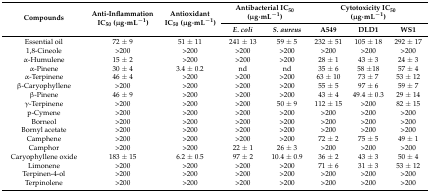
<table><thead><tr><td rowspan="2"><b>Compounds</b></td><td rowspan="2"><b>Anti-Inflammation IC<sub>50</sub> (μg·mL<sup>−1</sup>)</b></td><td rowspan="2"><b>Antioxidant IC<sub>50</sub> (μg·mL<sup>−1</sup>)</b></td><td colspan="2"><b>Antibacterial IC<sub>50</sub> (μg·mL<sup>−1</sup>)</b></td><td colspan="3"><b>Cytotoxicity IC<sub>50</sub> (μg·mL<sup>−1</sup>)</b></td></tr><tr><td><b><i>E. coli</i></b></td><td><b><i>S. aureus</i></b></td><td><b>A549</b></td><td><b>DLD1</b></td><td><b>WS1</b></td></tr></thead><tbody><tr><td>Essential oil</td><td>72 ± 9</td><td>51 ± 11</td><td>241 ± 13</td><td>59 ± 5</td><td>232 ± 51</td><td>105 ± 18</td><td>292 ± 17</td></tr><tr><td>1,8-Cineole</td><td>&gt;200</td><td>&gt;200</td><td>&gt;200</td><td>&gt;200</td><td>&gt;200</td><td>&gt;200</td><td>&gt;200</td></tr><tr><td>α-Humulene</td><td>15 ± 2</td><td>&gt;200</td><td>&gt;200</td><td>&gt;200</td><td>28 ± 1</td><td>43 ± 3</td><td>24 ± 3</td></tr><tr><td>α-Pinene</td><td>30 ± 4</td><td>3.4 ± 0.2</td><td>nd</td><td>nd</td><td>35 ± 6</td><td>58 ±18</td><td>57 ± 4</td></tr><tr><td>α-Terpinene</td><td>46 ± 4</td><td>&gt;200</td><td>&gt;200</td><td>&gt;200</td><td>63 ± 10</td><td>73 ± 7</td><td>53 ± 12</td></tr><tr><td>β-Caryophyllene</td><td>&gt;200</td><td>&gt;200</td><td>&gt;200</td><td>&gt;200</td><td>55 ± 5</td><td>97 ± 6</td><td>59 ± 7</td></tr><tr><td>β-Pinene</td><td>46 ± 9</td><td>&gt;200</td><td>&gt;200</td><td>&gt;200</td><td>43 ± 4</td><td>49.4 ± 0.3</td><td>29 ± 14</td></tr><tr><td>γ-Terpinene</td><td>&gt;200</td><td>&gt;200</td><td>&gt;200</td><td>50 ± 9</td><td>112 ± 15</td><td>&gt;200</td><td>82 ± 15</td></tr><tr><td>p-Cymene</td><td>&gt;200</td><td>&gt;200</td><td>&gt;200</td><td>&gt;200</td><td>&gt;200</td><td>&gt;200</td><td>&gt;200</td></tr><tr><td>Borneol</td><td>&gt;200</td><td>&gt;200</td><td>&gt;200</td><td>&gt;200</td><td>&gt;200</td><td>&gt;200</td><td>&gt;200</td></tr><tr><td>Bornyl acetate</td><td>&gt;200</td><td>&gt;200</td><td>&gt;200</td><td>&gt;200</td><td>&gt;200</td><td>&gt;200</td><td>&gt;200</td></tr><tr><td>Camphene</td><td>&gt;200</td><td>&gt;200</td><td>&gt;200</td><td>&gt;200</td><td>72 ± 2</td><td>75 ± 5</td><td>49 ± 1</td></tr><tr><td>Camphor</td><td>&gt;200</td><td>&gt;200</td><td>22 ± 1</td><td>26 ± 3</td><td>&gt;200</td><td>&gt;200</td><td>&gt;200</td></tr><tr><td>Caryophyllene oxide</td><td>183 ± 15</td><td>6.2 ± 0.5</td><td>97 ± 2</td><td>10.4 ± 0.9</td><td>36 ± 2</td><td>43 ± 3</td><td>50 ± 4</td></tr><tr><td>Limonene</td><td>&gt;200</td><td>&gt;200</td><td>&gt;200</td><td>&gt;200</td><td>71 ± 6</td><td>31 ± 3</td><td>53 ± 12</td></tr><tr><td>Terpinen-4-ol</td><td>&gt;200</td><td>&gt;200</td><td>&gt;200</td><td>&gt;200</td><td>&gt;200</td><td>&gt;200</td><td>&gt;200</td></tr><tr><td>Terpinolene</td><td>&gt;200</td><td>&gt;200</td><td>&gt;200</td><td>&gt;200</td><td>&gt;200</td><td>&gt;200</td><td>&gt;200</td></tr></tbody></table>